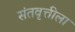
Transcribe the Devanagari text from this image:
संतवृत्तीला